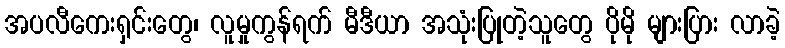
အပလီကေးရှင်းတွေ၊ လူမှုကွန်ရက် မီဒီယာ အသုံးပြုတဲ့သူတွေ ပိုမို များပြား လာခဲ့